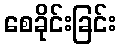
စေခိုင်းခြင်း